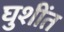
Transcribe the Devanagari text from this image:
घुशींत